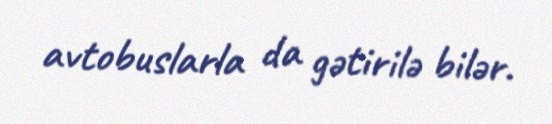
avtobuslarla da gətirilə bilər.